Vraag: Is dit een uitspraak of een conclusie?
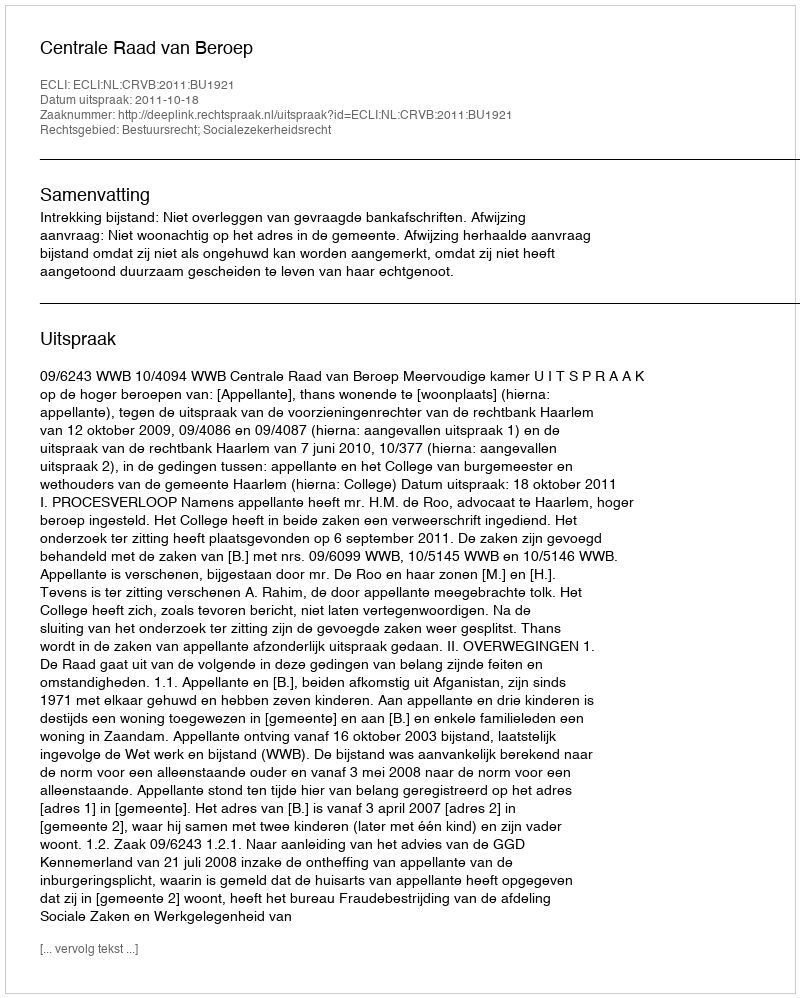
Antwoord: Uitspraak